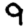
Digit: 9